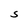
Character: s